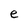
Character: e